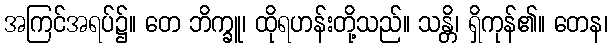
အကြင်အရပ်၌။ တေ ဘိက္ခူ၊ ထိုရဟန်းတို့သည်။ သန္တိ၊ ရှိကုန်၏။ တေန၊